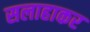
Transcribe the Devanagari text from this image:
सलाहाकर